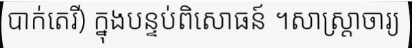
បាក់តេរី) ក្នុងបន្ទប់ពិសោធន៍ ។សាស្ត្រាចារ្យ